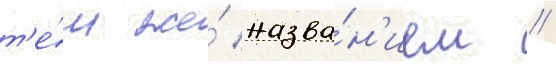
т'е́м же́ назва́н'ием //